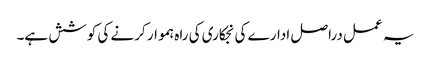
یہ عمل دراصل ادارے کی نجکاری کی راہ ہموار کرنے کی کوشش ہے۔